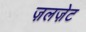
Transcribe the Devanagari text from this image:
ज़लज़ेट